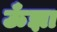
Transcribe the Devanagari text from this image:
ऊँझा